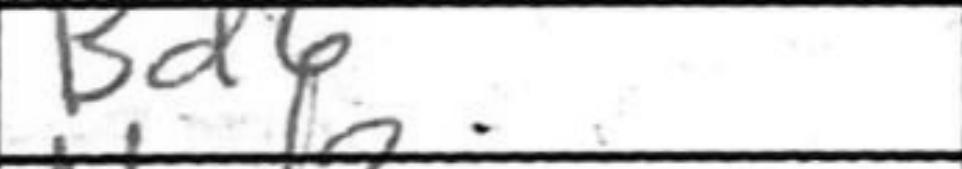
Transcription: Bd6